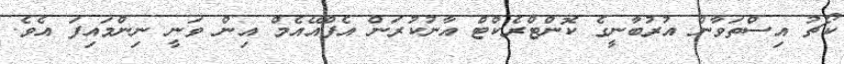
ކޯޗު އިސްތަވާން އުރުބާނީގެ ކޮންޓްރެކްޓް އާނުކުރަން އެފްއޭއެމް އިން ވަނީ ނިންމައިފަ އެވެ.